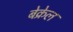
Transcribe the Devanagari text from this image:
बेक्रेल